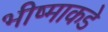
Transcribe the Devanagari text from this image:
भीष्माकडे